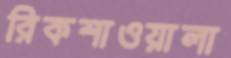
রিকশাওয়ালা